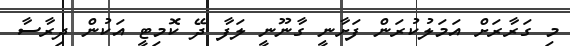
މި ގަރާރަށް އަމަލުކުރަން ފަށާނީ ގާނޫނީ ލަފާ ދޭ ކޮމިޓީ އަކުން ދިރާސާ